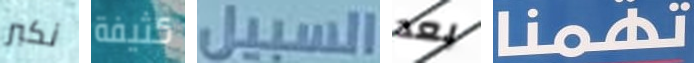
نكبر كثيفة السبيل بعد تهمنا